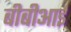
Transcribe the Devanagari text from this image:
बीबीआई